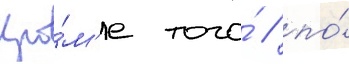
Кро́м'е того́ / по́